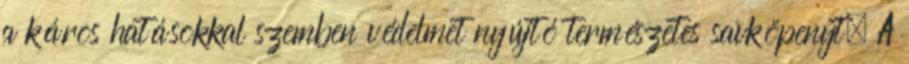
a káros hatásokkal szemben védelmet nyújtó természetes savköpenyt. A